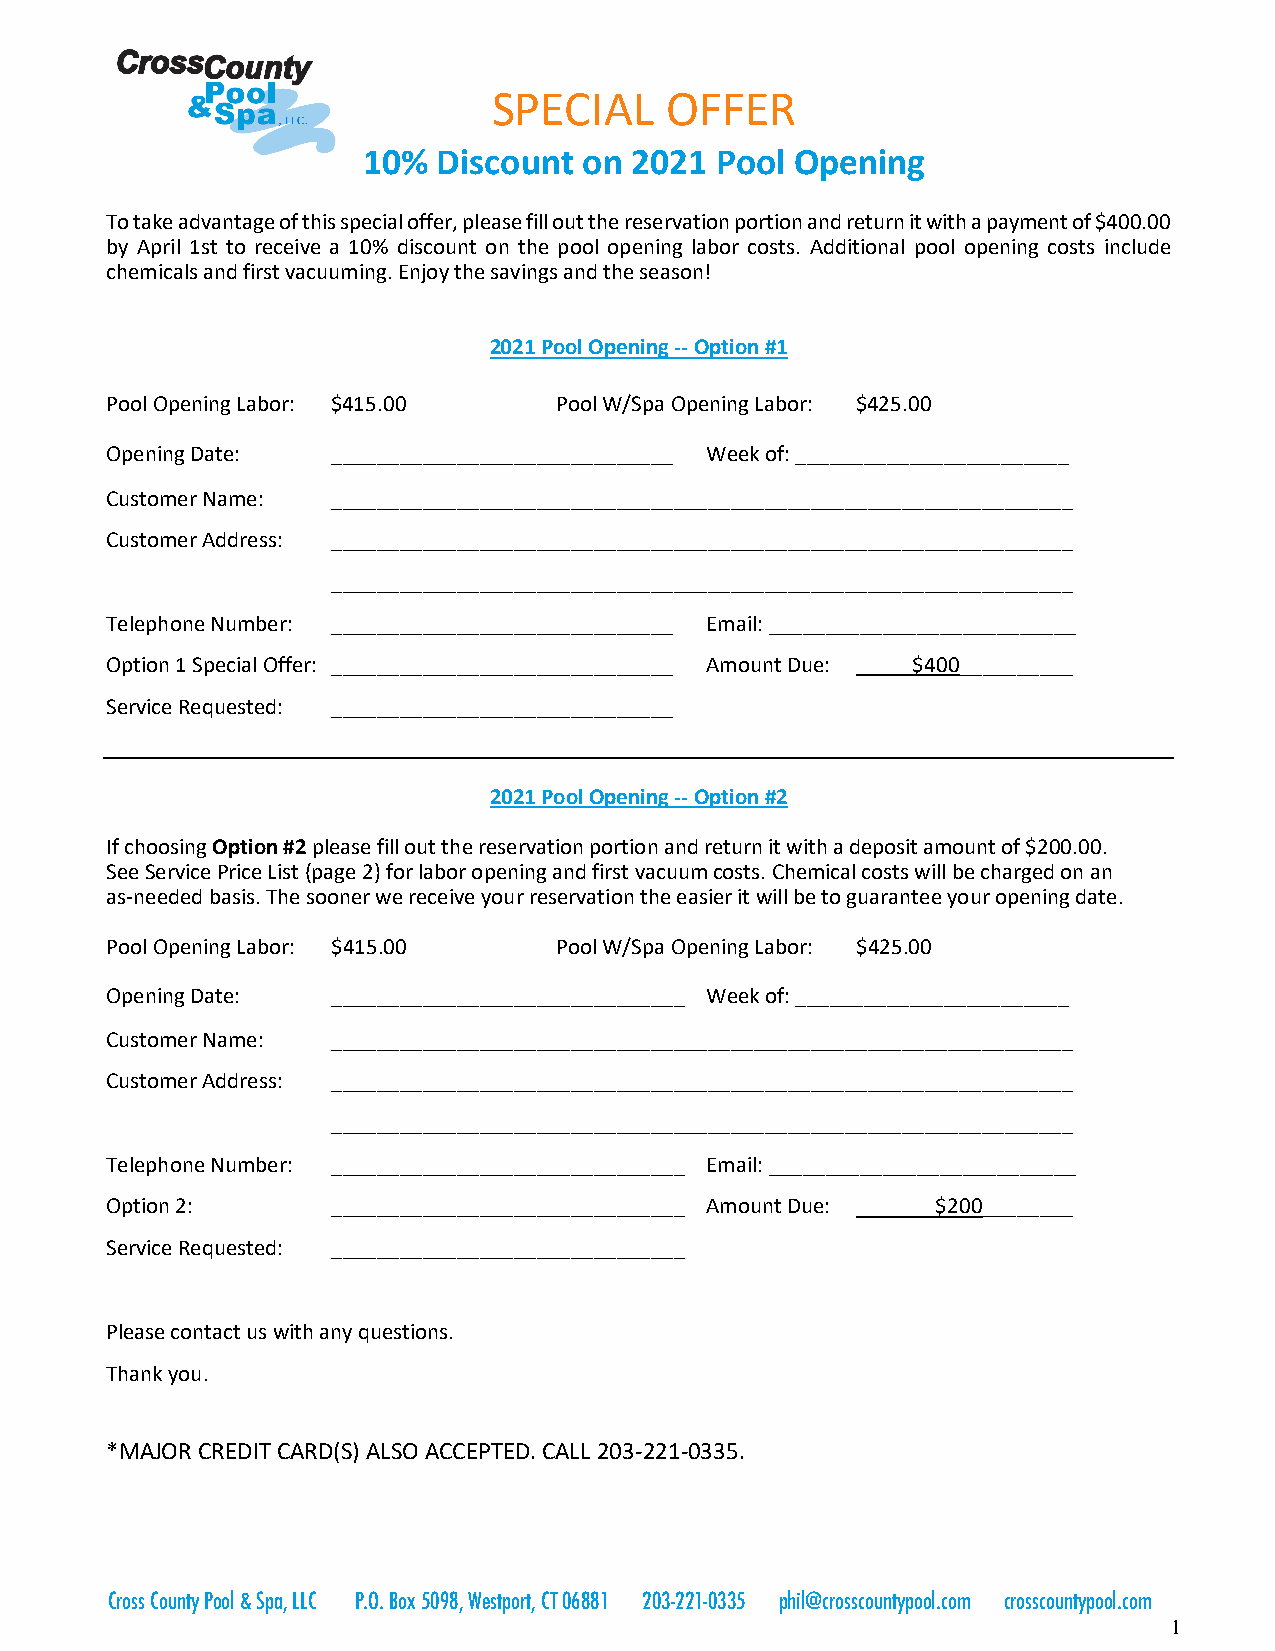
SPECIAL    OFFER
 10%  Discount  on 2021 Pool  Opening
 To take advantage of this special offer, please fill out the reservation portion and return it with a payment of $400.00
 by April 1st to receive a 10% discount on the pool opening labor costs. Additional pool opening costs include
 chemicals and first vacuuming. Enjoy the savings and the season!
 2021 Pool Opening -- Option #1
 Pool Opening Labor: $415.00   Pool W/Spa Opening Labor: $425.00
 Opening Date:  ______________________________ Week of: ________________________
 Customer Name: _________________________________________________________________
 Customer Address: _________________________________________________________________
 _________________________________________________________________
 Telephone Number: ______________________________ Email: ___________________________
 Option 1 Special Offer: ______________________________ Amount Due: _____$400__________
 Service Requested: ______________________________
 2021 Pool Opening -- Option #2
 If choosing Option #2 please fill out the reservation portion and return it with a deposit amount of $200.00.
 See Service Price List (page 2) for labor opening and first vacuum costs. Chemical costs will be charged on an
 as-needed basis. The sooner we receive your reservation the easier it will be to guarantee your opening date.
 Pool Opening Labor: $415.00   Pool W/Spa Opening Labor: $425.00
 Opening Date:  _______________________________ Week of: ________________________
 Customer Name: _________________________________________________________________
 Customer Address: _________________________________________________________________
 _________________________________________________________________
 Telephone Number: _______________________________ Email: ___________________________
 Option 2:      _______________________________ Amount Due: _______$200________
 Service Requested: _______________________________
 Please contact us with any questions.
 Thank you.
 *MAJOR CREDIT CARD(S) ALSO ACCEPTED. CALL 203-221-0335.
 Cross County Pool & Spa, LLC P.O. Box 5098, Westport, CT 06881 203-221-0335 phil@crosscountypool.com crosscountypool.com
 1